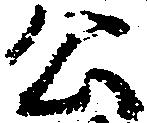
公